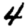
Digit: 4